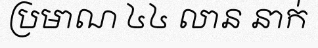
ប្រមាណ ៤៤ លាន នាក់